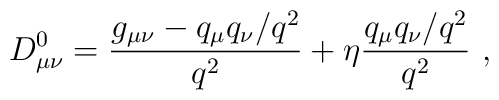
D_{\mu\nu}^0 ={g_{\mu\nu}-q_\mu q_\nu /q^2\over q^2}+ \eta {q_\mu q_\nu/q^2 \over q^2}\ ,